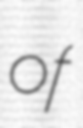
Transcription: of